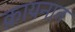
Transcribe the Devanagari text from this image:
क़ायनात